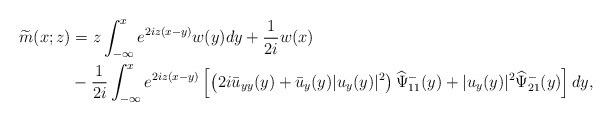
\begin{align*}\begin{aligned}\widetilde{m}(x;z)&=z\int_{-\infty}^{x} e^{2 iz(x-y)} w(y) d y+\frac{1}{2i} w(x) \\&-\frac{1}{2 i}\int_{-\infty}^xe^{2iz(x-y)}\left[\left(2i\bar{u}_{yy}(y)+\bar{u}_y(y)|u_y(y)|^{2}\right)\widehat{\Psi}^-_{11}(y)+|u_y(y)|^2 \widehat{\Psi}^-_{21}(y)\right] dy,\end{aligned}\end{align*}